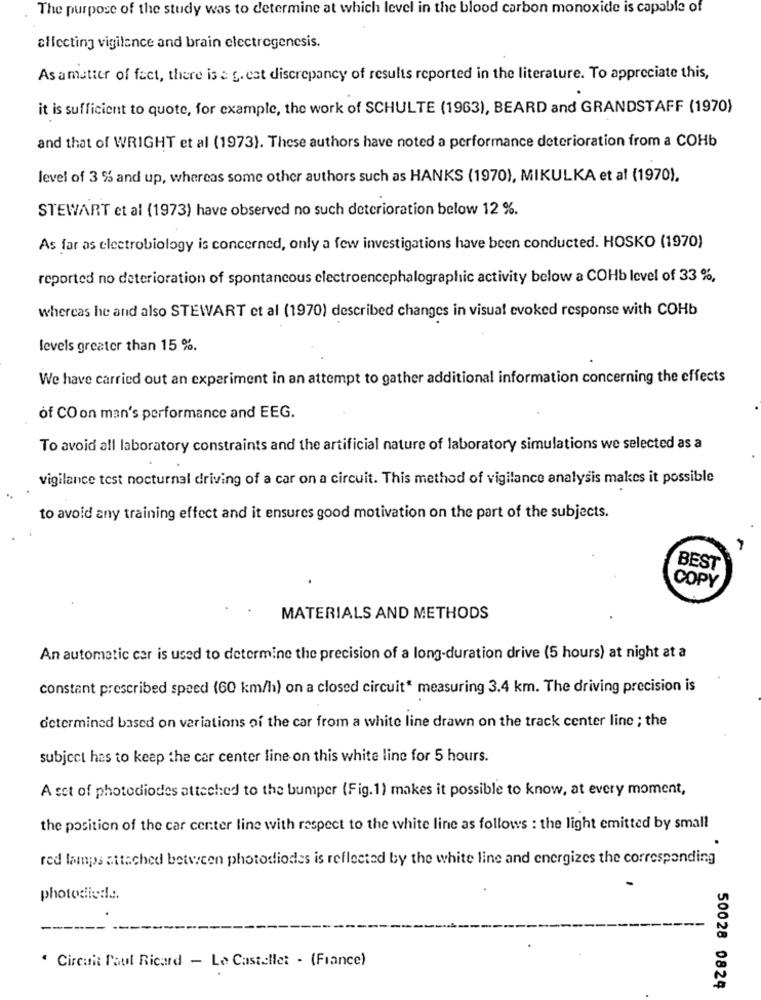
The purpose of the study was to determine at which level in the blood carbon monoxide is capable of
affecting vigilance and brain electregenesis.
As a matter of fact, there is a g. eat discrepancy of results reported in the literature. To appreciate this,
it is sufficient to quote, for example, the work of SCHULTE (1963), BEARD and GRANDSTAFF (1970)
and that of WRIGHT et al (1973). These authors have noted a performance deterioration from a COHb
level of 3 % and up, whereas some other authors such as HANKS (1970), MIKULKA et al (1970).
STEWART et al (1973) have observed no such deterioration below 12 %.
As far as electrobiology is concerned, only a few investigations have been conducted. HOSKO (1970)
reported no deterioration of spontaneous electroencephalographic activity below a COHb level of 33 %,
whereas he and also STEWART et al (1970) described changes in visual evoked response with COHb
levels greater than 15 %.
We have carried out an experiment in an attempt to gather additional information concerning the effects
of CO on man's performance and EEG.
To avoid all laboratory constraints and the artificial nature of laboratory simulations we selected as a
vigilance test nocturnal driving of a car on a circuit. This method of vigilance analysis makes it possible
to avoid any training effect and it ensures good motivation on the part of the subjects.
BEST
COPY
MATERIALS AND METHODS
An automatic car is used to determine the precision of a long-duration drive (5 hours) at night at a
constant prescribed speed (60 km/h) on a closed circuit" measuring 3.4 km. The driving precision is
determined based on variations of the car from a white line drawn on the track center line ; the
subject has to keep the car center line on this white line for 5 hours.
A set of photodiodes attached to the bumper (Fig.1) makes it possible to know, at every moment,
the position of the car center line with respect to the white line as follows : the light emitted by small
red lamps attached between photodiodes is reflected by the white line and energizes the corresponding
photodiode.
" Circuit Paul Ricard - Le Castellet - (France)
50028 0824